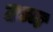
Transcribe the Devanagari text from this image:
टन्न